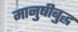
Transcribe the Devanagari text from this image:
मानुषीबुद्ध